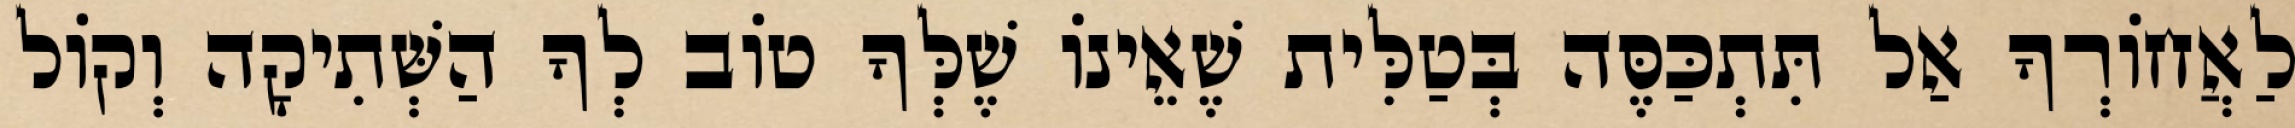
לַאֲחוֹרְךָ אַל תִּתְכַּסֶּה בְּטַלִּית שֶׁאֵינוֹ שֶׁלְּךָ טוֹב לְךָ הַשְּׁתִיקָה וְקוֹל